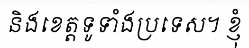
និងខេត្តទូទាំងប្រទេស។ ខ្ញុំ